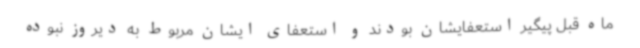
ماه قبل پیگیر استعفایشان بودند و استعفای ایشان مربوط به دیروز نبوده